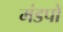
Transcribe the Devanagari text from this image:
मंडपो